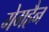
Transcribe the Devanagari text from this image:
गेगहैन